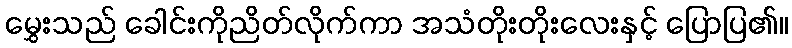
မွှေးသည် ခေါင်းကိုညိတ်လိုက်ကာ အသံတိုးတိုးလေးနှင့် ပြောပြ၏။